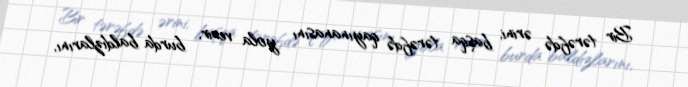
Bir tərəfdə ərini, başqa tərəfdə qayınanasını yola verir, burda baldızlarını,